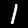
Digit: 1